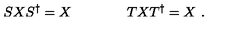
S X S ^ { \dagger } = X \qquad \qquad T X T ^ { \dagger } = X \ .